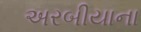
અરબીયાના